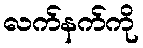
လက်နက်ကို